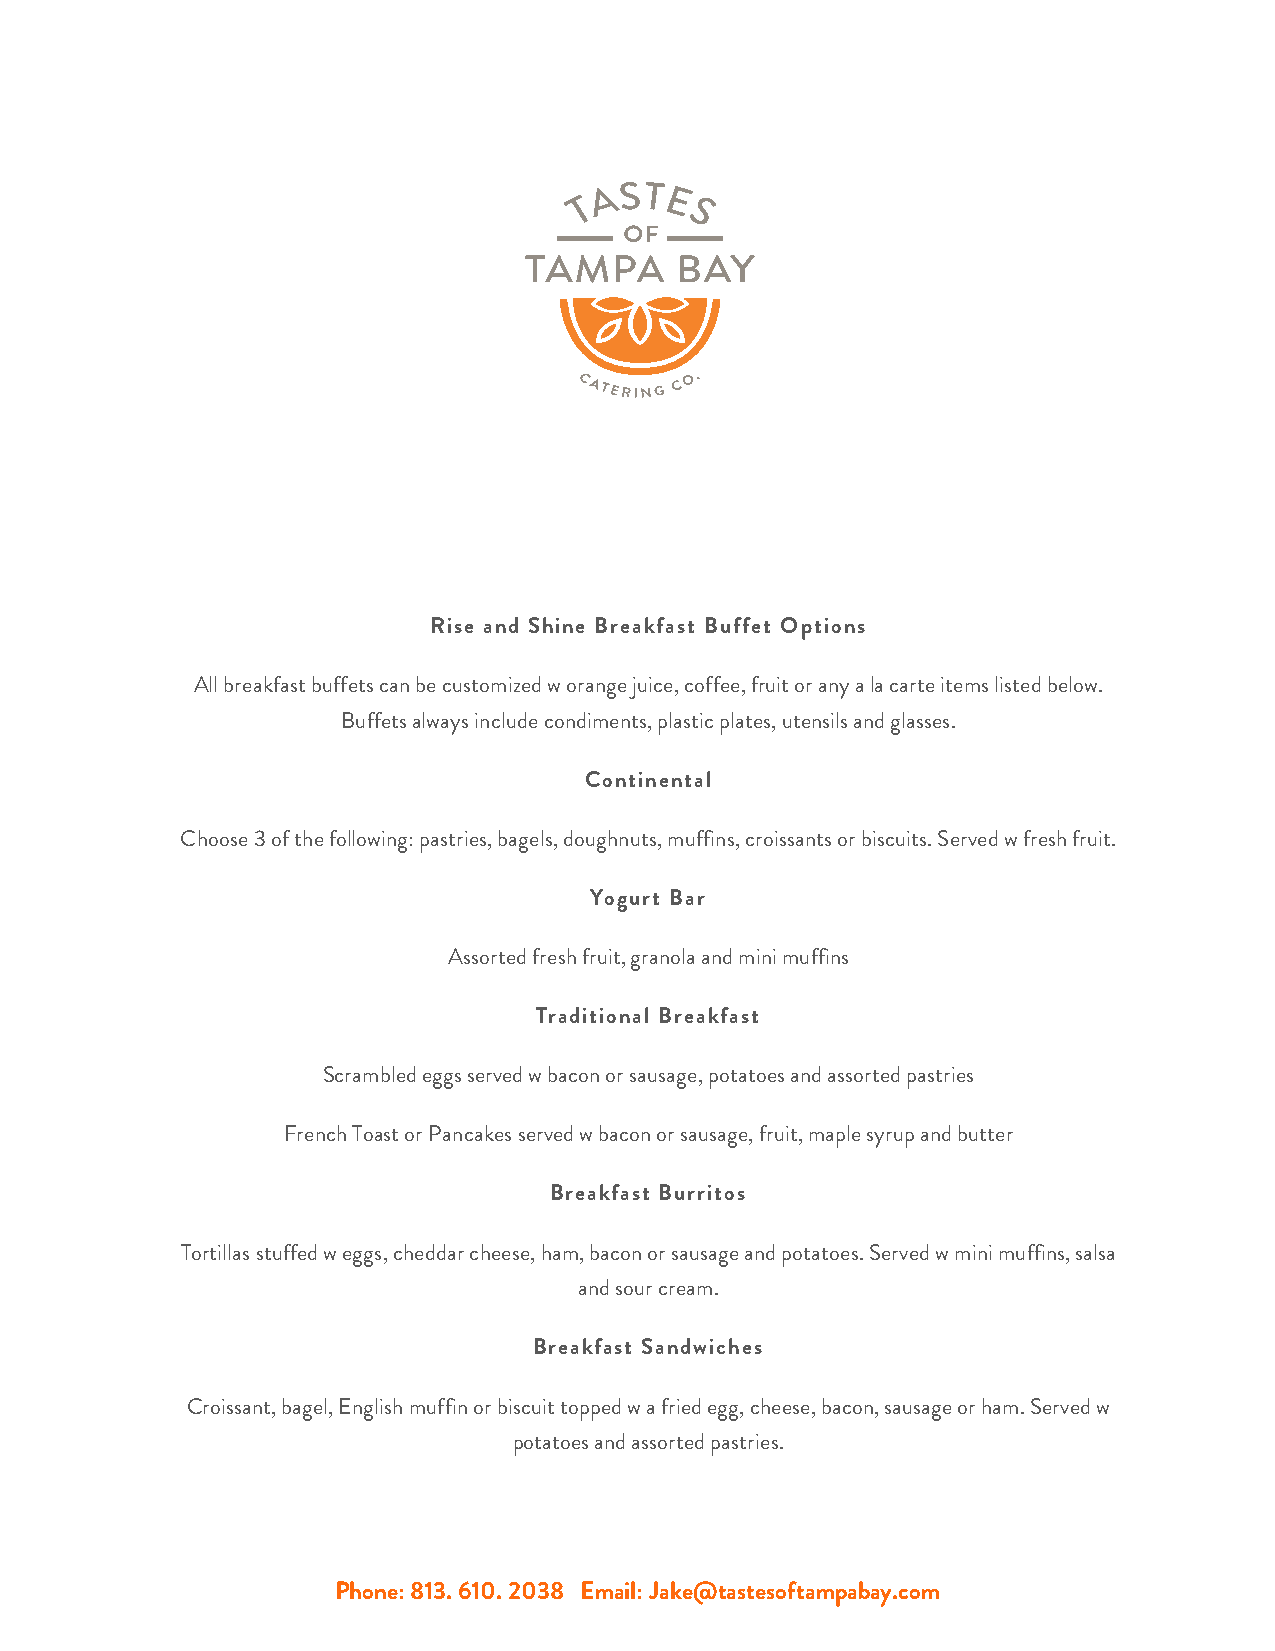
Rise and Shine Breakfast Buffet Options
 All breakfast buffets can be customized w orange juice, coffee, fruit or any a la carte items listed below.
 Buffets always include condiments, plastic plates, utensils and glasses.
 Continental
 Choose 3 of the following: pastries, bagels, doughnuts, muffins, croissants or biscuits. Served w fresh fruit.
 Yogurt Bar
 Assorted fresh fruit, granola and mini muffins
 Traditional Breakfast
 Scrambled eggs served w bacon or sausage, potatoes and assorted pastries
 French Toast or Pancakes served w bacon or sausage, fruit, maple syrup and butter
 Breakfast Burritos
 Tortillas stuffed w eggs, cheddar cheese, ham, bacon or sausage and potatoes. Served w mini muffins, salsa
 and sour cream.
 Breakfast Sandwiches
 Croissant, bagel, English muffin or biscuit topped w a fried egg, cheese, bacon, sausage or ham. Served w
 potatoes and assorted pastries.
 Phone: 813. 610. 2038 Email: Jake@tastesoftampabay.com